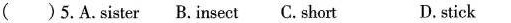
()5.A.sister B. insect C. short D.stick